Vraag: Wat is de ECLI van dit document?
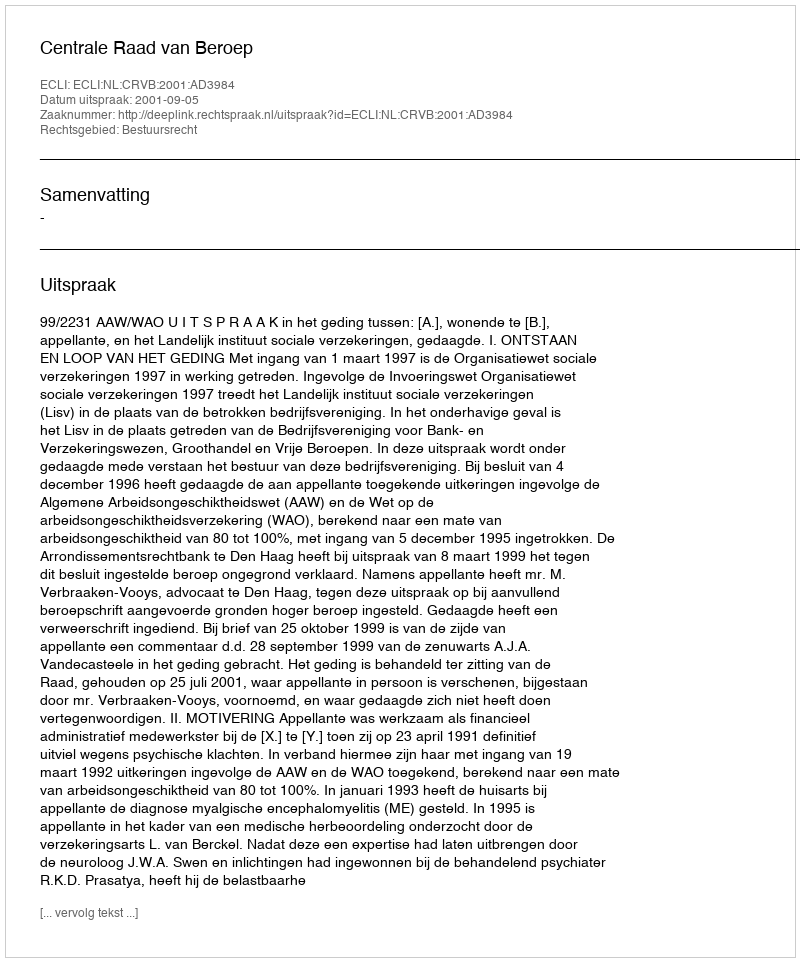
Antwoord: ECLI:NL:CRVB:2001:AD3984